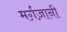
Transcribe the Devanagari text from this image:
मर्ग़ज़ानी